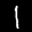
Label: 1